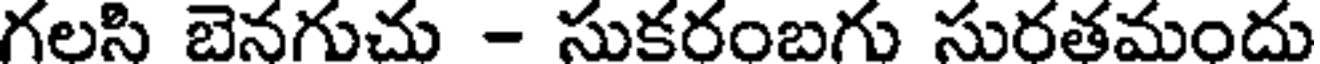
గలసి బెనగుచు - సుకరంబగు సురతమందు